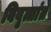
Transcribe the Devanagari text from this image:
विवृत्तांत